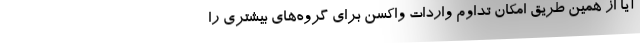
آیا از همین طریق امکان تداوم واردات واکسن برای گروه‌های بیشتری را